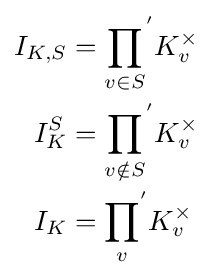
{\begin{aligned}I_{K,S}&={\prod _{v\in S}}^{'}K_{v}^{\times }\\I_{K}^{S}&={\prod _{v\notin S}}^{'}K_{v}^{\times }\\I_{K}&={\prod _{v}}^{'}K_{v}^{\times }\end{aligned}}